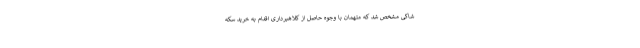
شاکی مشخص شد که متهمان با وجوه حاصل از کلاهبرداری اقدام به خرید سکه